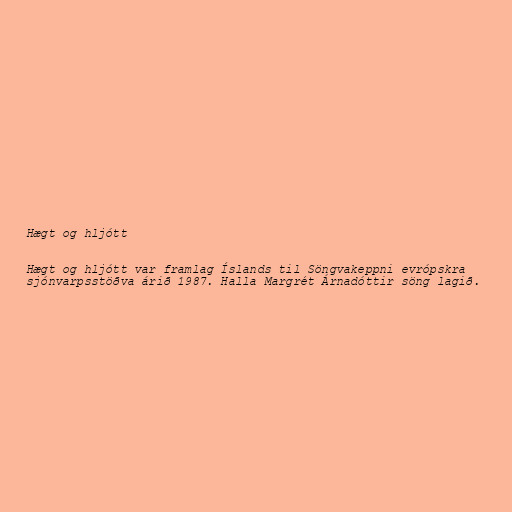
Hægt og hljótt

Hægt og hljótt var framlag Íslands til Söngvakeppni evrópskra
sjónvarpsstöðva árið 1987. Halla Margrét Árnadóttir söng lagið.